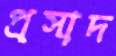
প্রসাদ